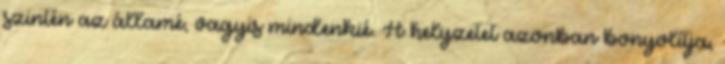
szintén az államé, vagyis mindenkié. A helyzetet azonban bonyolítja,